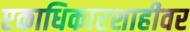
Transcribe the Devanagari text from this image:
एकाधिकारशाहीवर